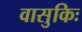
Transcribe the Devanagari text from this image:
वासुकिः